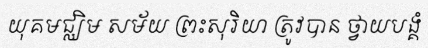
យុគមជ្ឈិម សម័យ ព្រះសុរិយា ត្រូវបាន ថ្វាយបង្គំ